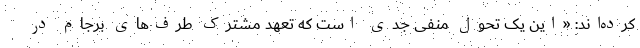
کرده‌اند: «این یک تحول منفی جدی است که تعهد مشترک طرف‌های برجام در